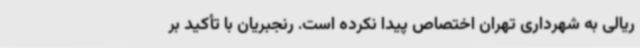
ریالی به شهرداری تهران اختصاص پیدا نکرده است. رنجبریان با تأکید بر